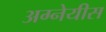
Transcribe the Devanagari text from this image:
अग्नेयीस